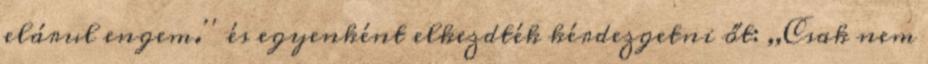
elárul engem.'' és egyenként elkezdték kérdezgetni őt: ,,Csak nem